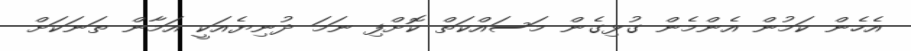
އެހެން ކަމުން އެންމެން ގުޅިގެން މަސައްކަތް ކޮށްފި ނަމަ ދުނިޔެއަކީ އަމާން ތަނަކަށް